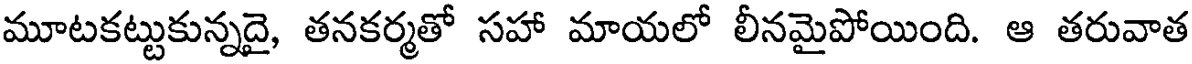
మూటకట్టుకున్నదై, తనకర్మతో సహా మాయలో లీనమైపోయింది. ఆ తరువాత